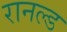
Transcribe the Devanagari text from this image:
रानल्ड